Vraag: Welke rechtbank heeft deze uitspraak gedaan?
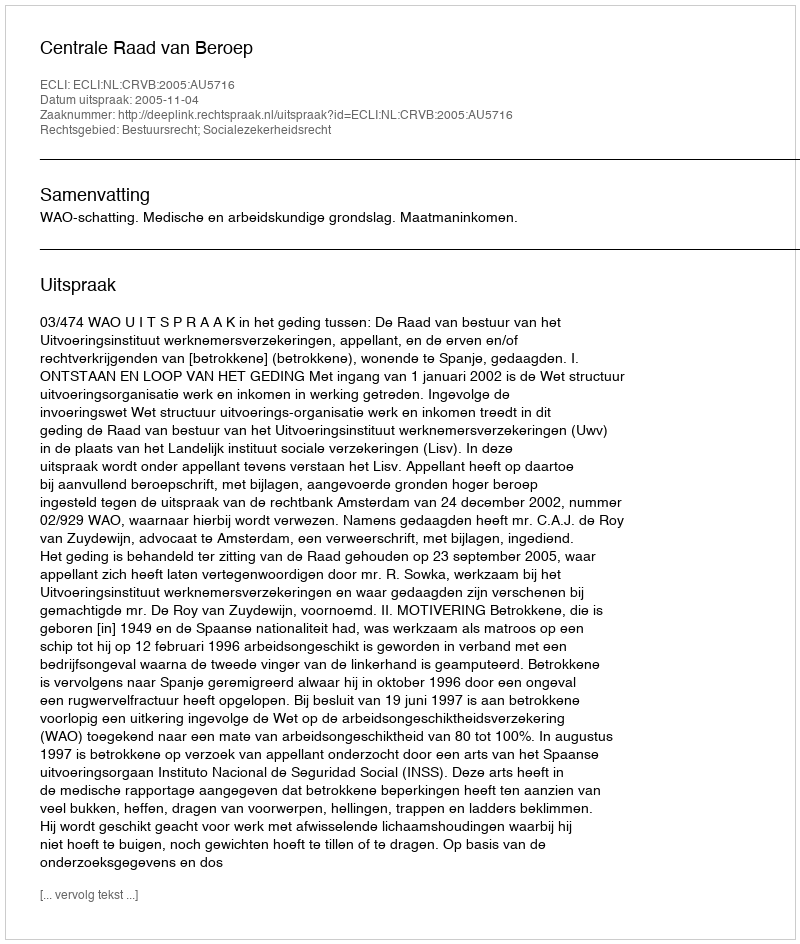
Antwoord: Centrale Raad van Beroep